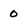
Character: 0